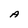
Character: A